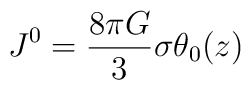
J^{0} = \frac{8{\pi}G}{3} {\sigma} {\theta}_{0}(z)